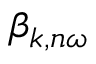
\beta _ { k , n \omega }